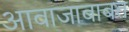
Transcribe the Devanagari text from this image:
आवाजाबाबत